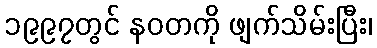
၁၉၉၇တွင် နဝတကို ဖျက်သိမ်းပြီး၊